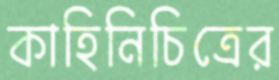
কাহিনিচিত্রের